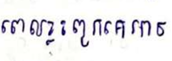
ពេលខ្លះពួកគេអាច